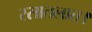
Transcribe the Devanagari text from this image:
रसातलात।